Lunatic asylums in Bengal annual reports 1899-1911 - 1899-1911
Year: 1899
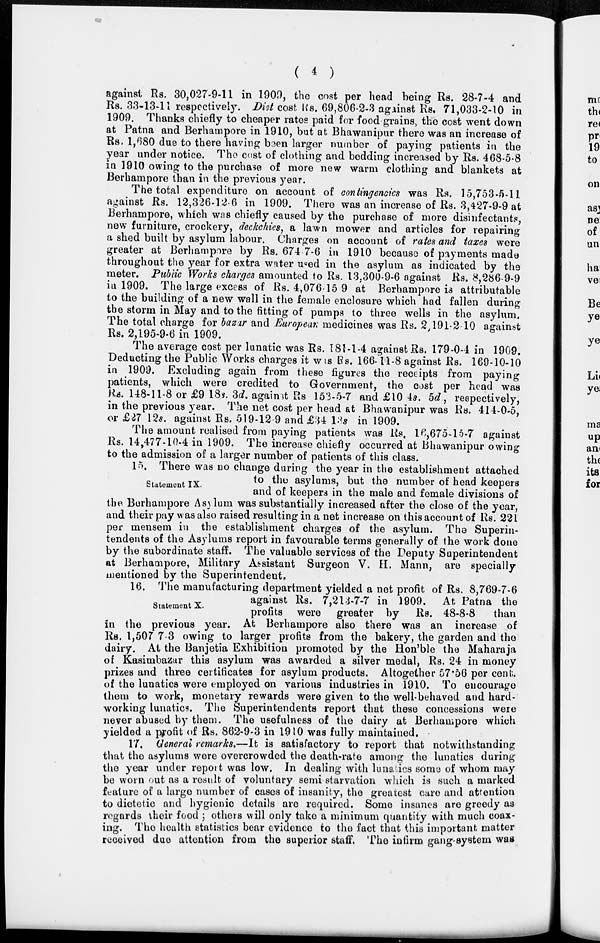
( 4 )
against Rs. 30,027-9-11 in 1900, the cost per head being Rs. 28-7-4 and
Rs. 33-13.11 respectively. Dist cost Rs. 69,806-2-3 against Rs. 71,033-2-10 in
1909. Thanks chiefly to cheaper rates paid for food grains, the cost went down
at Patna and Berhampore in 1910, but at Bhawanipur there was an increase of
Rs, 1,680 due to there having been larger number of paying patients in the
year under notice. The cost of clothing and bedding increased by Rs. 468-5-8
in 1910 owing to the purchase of more new warm clothing and blankets at
Berhampore than in the previous year.
The total expenditure on account of contingencies was Rs. 15,753-5-11
against Rs. 12,326-12.6 in 1909. There was an increase of Rs. 3,427-9-9 at
Berhampore, which was chiefly caused by the purchase of more disinfectants,
new furniture, crockery, deckchies, a lawn mower and articles for repairing
a shed built by asylum labour. Charges on account of rates and taxes were
greater at Berhampore by Rs. 674-7-6 in 1910 because of payments made
throughout the year for extra water used in the asylum as indicated by the
meter. Public Works charges amounted to Rs. 13,300-9-6 against Rs. 8,286-9-9
in 1909. The large excess of Rs. 4,076-15 9 at Berhampore is attributable
to the building of a new wall in the female enclosure which had fallen during
the storm in May and to the fitting of pumps to three wells in the asylum.
The total charge for bazar and European medicines was Rs. 2,191-2 10 against
Rs. 2,195-9-6 in 1909.
The average cost per lunatic was Rs. 181-1-4 against Rs. 179-0-4 in 1909.
Deducting the Public Works charges it was Rs. 166.11-8 against Rs. 169-10-10
in 1909. Excluding again from these figures the receipts from paying
patients, which were credited to Government, the cost per head was
Rs. 148-11-8 or £9 18s. 3d. against Rs 153-5-7 and £10 4s. 5d, respectively,
in the previous year. The net cost per head at Bhawanipur was Rs. 414-0-5,
or £27 12s. against Rs. 519-12 9 and £34 13s in 1909.
The amount realised from paying patients was Rs. 16,675-15-7 against
Rs. 14,477-10-4 in 1909. The increase chiefly occurred at Bhawanipur owing
to the admission of a larger number of patients of this class.
Statement IX.
15. There was no change during the year in the establishment attached
to the asylums, but the number of head keepers
and of keepers in the male and female divisions of
the Berhampore Asylum was substantially increased after the close of the year,
and their pay was also raised resulting in a net increase on this account of Rs. 221
per mensem in the establishment charges of the asylum. The Superin-
tendents of the Asylums report in favourable terms generally of the work done
by the subordinate staff. The valuable services of the Deputy Superintendent
at Berhampore, Military Assistant Surgeon V. H. Mann, are specially
mentioned by the Superintendent.
Statement X.
16. The manufacturing department yielded a net profit of Rs. 8,769-7-6
against Rs. 7,23-7-7 in 1909. At Patna the
profits were greater by Rs. 48-8-8
than
in the previous year. At Berhampore also there was an increase of
Rs. 1,507 7-3 owing to larger profits from the bakery, the garden and the
dairy. At the Banjetia Exhibition promoted by the Hon'ble the Maharaja
of Kasimbazar this asylum was awarded a silver medal, Rs. 24 in money
prizes and three certificates for asylum products. Altogether 57.56 per cent.
of the lunatics were employed on various industries in 1910. To encourage
them to work, monetary rewards were given to the well-behaved and hard-
working lunatics. The Superintendents report that these concessions were
never abused by them. The usefulness of the dairy at Berhampore which
yielded a profit of Rs. 862-9-3 in 1910 was fully maintained.
17. General remarks.—It is satisfactory to report that notwithstanding
that the asylums were overcrowded the death-rate among the lunatics during
the year under report was low. In dealing with lunatics some of whom may
be worn out as a result of voluntary semi starvation which is such a marked
feature of a large number of cases of insanity, the greatest care and attention
to dietetic and hygienic details are required. Some insanes are greedy as
regards their food ; others will only take a minimum quantity with much coax-
ing. The health statistics bear evidence to the fact that this important matter
received due attention from the superior staff. The infirm gang-system was